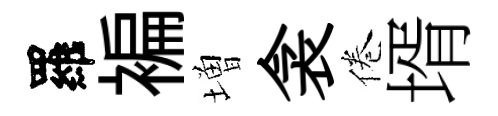
羅褊増衾倦壻